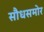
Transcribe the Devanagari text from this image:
सौधसमोर